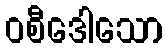
ဝစီဒေါသော